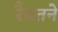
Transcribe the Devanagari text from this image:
रैयतने